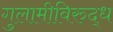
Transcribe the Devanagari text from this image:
गुलामीविरुद्ध